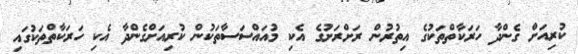
ކުރިއަށް ގެންދާ ހަރަކާތްތަކުގެ އިތުރުން ރަށްރަށުގެ އެކި މުއައްސަސާތަކުން ކުރިއަށްގެންދާ އެކި ހަރަކާތްތަކުގައި